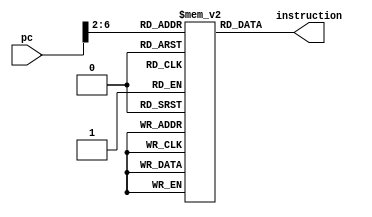
module InstMem( pc, instruction);

input [31:0] pc;
output reg [31:0] instruction;

wire [4:0] rom_addr = pc >>2;
reg [31:0] rom [31:0];

initial 
begin
	rom[0]  = 32'h0;
	rom[1]  = 32'b100000_00000_00001_00100_00010_xxxxxx;   // add
	rom[2]  = 32'b100001_00000_00001_00100_xxxxxxxxxxx;   //sub
	rom[3]  = 32'b100011_00000_00001_xxxxx_xxxxxxxxxxx;   //div
	rom[4]  = 32'b100010_00000_00001_xxxxx_xxxxxxxxxxx;   //mul
	rom[5]  = 32'b100100_00010_00011_xxxxx_xxxxxxxxxxx;   // madd 
	rom[6]  = 32'b100101_00011_00011_xxxxx_xxxxxxxxxxx;   //msub
	rom[7]  = 32'b100110_xxxxx_00010_00100_00010_xxxxxx;  //sll rt store in rd
	rom[8]  = 32'b100111_xxxxx_xxxxx_00100_xxxxx_xxxxxx;  // mfhi rd
	rom[9]  = 32'b101000_xxxxx_xxxxx_00100_xxxxx_xxxxxx;  //mflo rd
	rom[10] = 32'b101001_00000_xxxxx_xxxxx_xxxxx_xxxxxx;  // mthi
	rom[11] = 32'b101010_00000_xxxxx_xxxxx_xxxxx_xxxxxx;  //mtlo

	rom[12] = 32'b000001_00000_00100_00000_00000_000100;  // addi rs =0 rt =4 imm = 4
	rom[13] = 32'b000010_00000_00100_00000_00000_000111;  // ori
	rom[14] = 32'b000110_00000_00001_00000_00000_000100;  // sw store Reg[rt] at Reg[rs]+sext(Imm)
	rom[15] = 32'b000101_00000_00101_00000_00000_000100;  // lw load Reg[rs]+sext(Imm) at rt
	rom[16] = 32'b000011_xxxxx_00110_00000_00000_000001;  // lui imm:16'b0 to Reg[rt]
	rom[17] = 32'b000100_00000_00111_00000_00000_000010;  // beq when taken. imm= 2 pc=pc+4 + 8 => rom= rom+1+2 
	rom[18] = 32'h0;
	rom[19] = 32'h0;
	rom[20] = 32'b100000_00000_00001_00100_00010_xxxxxx;  // Branch Taken => add instr
	rom[21] = 32'b000100_00000_00001_00000_00000_000010;   // beq when not taken
	rom[22] = 32'b000111_xxxxx_xxxxx_00000_00000_011101; //j to 29
	rom[23] = 32'h0;
	rom[24] = 32'b100000_00000_00001_00100_00010_xxxxxx;  // Branch to be Taken => add instr;	
	rom[25] = 32'b100010_00000_00001_xxxxx_xxxxxxxxxxx;   // jalr to this instr mul
	rom[26] = 32'h0;
	rom[27] = 32'h0;
	rom[28] = 32'h0;
	rom[29] = 32'b100001_00000_00001_00100_00010_xxxxxx;  // jump to be Taken => sub instr;
	rom[30] = 32'b001000_01111_xxxxx_10000_xxxxx_xxxxxx; //jalr to 25 . 25*4= 100 is stored in Reg[15] . store pc+4 in Reg[16] 
	rom[31] = 32'h0;
end

always @(*) begin
	instruction = rom[rom_addr]; 
end

endmodule

/*
module inst_tb ();

reg [31:0] pc = 32'h4;
wire [31:0] instr;
wire [4:0] rom_addr = pc >>2;

InstMem tb3(.pc(pc), .instruction(instr));

always @(pc) begin
	$monitor("rom_addr = %b , Instr = %b" ,rom_addr, instr);
	#10;
	pc = pc+ 32'h4;
	
	$finish;
end

endmodule

*/